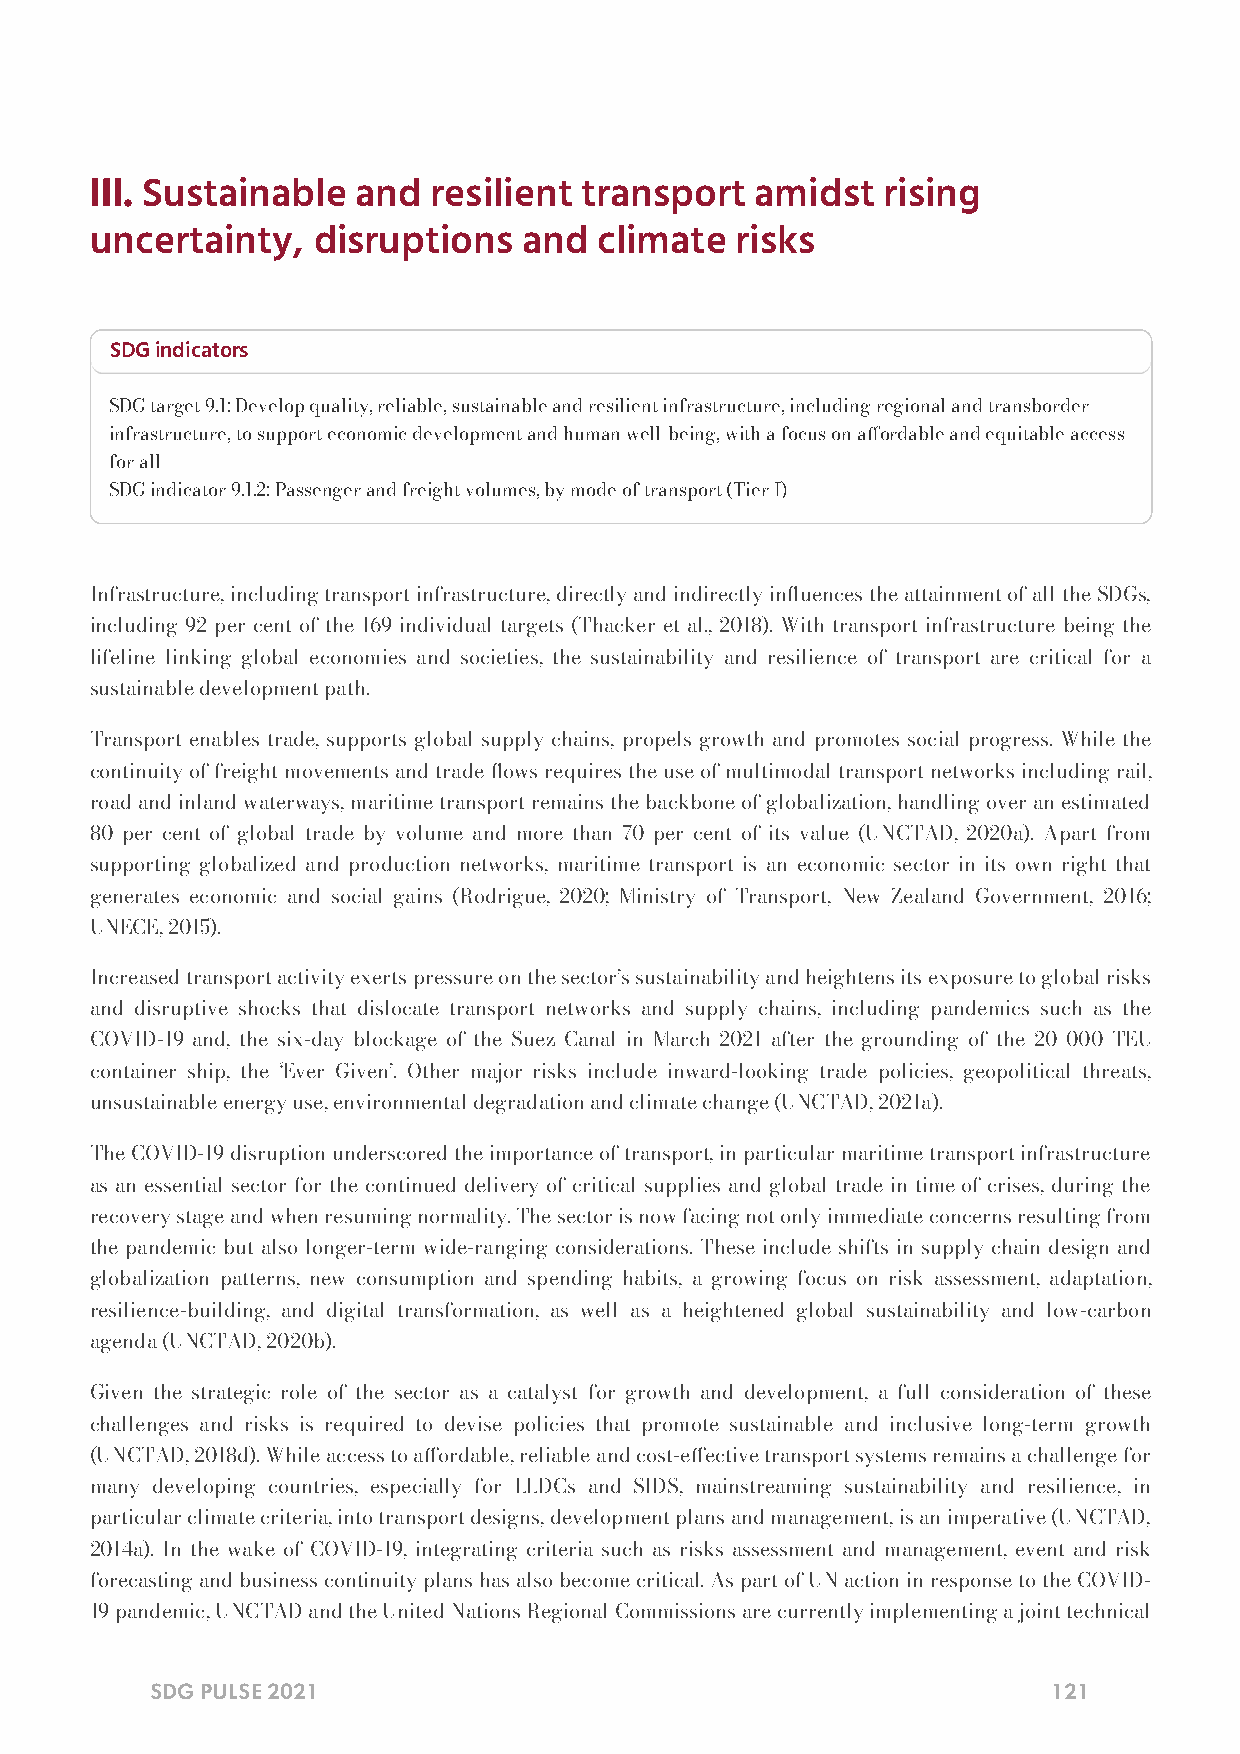
III. Sustainable  and resilient transport   amidst  rising
 uncertainty,   disruptions   and  climate  risks
 SDG indicators
 SDG target 9.1: Develop quality, reliable, sustainable and resilient infrastructure, including regional and transborder
 infrastructure, to support economic development and human well-being, with a focus on aordable and equitable access
 for all
 SDG indicator 9.1.2: Passenger and freight volumes, by mode of transport (Tier I)
 Infrastructure, including transport infrastructure, directly and indirectly inuences the attainment of all the SDGs,
 including 92 per cent of the 169 individual targets (Thacker et al., 2018). With transport infrastructure being the
 lifeline linking global economies and societies, the sustainability and resilience of transport are critical for a
 sustainable development path.
 Transport enables trade, supports global supply chains, propels growth and promotes social progress. While the
 continuity of freight movements and trade ows requires the use of multimodal transport networks including rail,
 road and inland waterways, maritime transport remains the backbone of globalization, handling over an estimated
 80 per cent of global trade by volume and more than 70 per cent of its value (UNCTAD, 2020a). Apart from
 supporting globalized and production networks, maritime transport is an economic sector in its own right that
 generates economic and social gains (Rodrigue, 2020; Ministry of Transport, New Zealand Government, 2016;
 UNECE, 2015).
 Increased transport activity exerts pressure on the sector’s sustainability and heightens its exposure to global risks
 and disruptive shocks that dislocate transport networks and supply chains, including pandemics such as the
 COVID-19 and, the six-day blockage of the Suez Canal in March 2021 after the grounding of the 20 000 TEU
 container ship, the ‘Ever Given’. Other major risks include inward-looking trade policies, geopolitical threats,
 unsustainable energy use, environmental degradation and climate change (UNCTAD, 2021a).
 The COVID-19 disruption underscored the importance of transport, in particular maritime transport infrastructure
 as an essential sector for the continued delivery of critical supplies and global trade in time of crises, during the
 recovery stage and when resuming normality. The sector is now facing not only immediate concerns resulting from
 the pandemic but also longer-term wide-ranging considerations. These include shifts in supply chain design and
 globalization patterns, new consumption and spending habits, a growing focus on risk assessment, adaptation,
 resilience-building, and digital transformation, as well as a heightened global sustainability and low-carbon
 agenda (UNCTAD, 2020b).
 Given the strategic role of the sector as a catalyst for growth and development, a full consideration of these
 challenges and risks is required to devise policies that promote sustainable and inclusive long-term growth
 (UNCTAD, 2018d). While access to aordable, reliable and cost-eective transport systems remains a challenge for
 many developing countries, especially for LLDCs and SIDS, mainstreaming sustainability and resilience, in
 particular climate criteria, into transport designs, development plans and management, is an imperative (UNCTAD,
 2014a). In the wake of COVID-19, integrating criteria such as risks assessment and management, event and risk
 forecasting and business continuity plans has also become critical. As part of UN action in response to the COVID-
 19 pandemic, UNCTAD and the United Nations Regional Commissions are currently implementing a joint technical
 SDG PULSE 2021                                              121